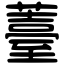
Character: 薹